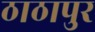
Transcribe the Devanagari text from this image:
ठाठापुर